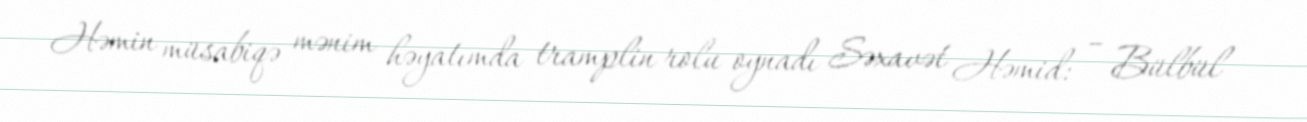
Həmin müsabiqə mənim həyatımda tramplin rolu oynadı Səxavət Həmid: – Bülbül